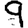
Digit: 9